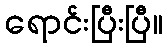
ရောင်းပြီးပြီ။